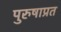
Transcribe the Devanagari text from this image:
पुरुषाप्रत